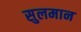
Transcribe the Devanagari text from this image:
सुलमान